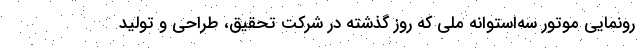
رونمایی موتور سه‌استوانه ملی که روز گذشته در شرکت تحقیق، طراحی و تولید